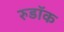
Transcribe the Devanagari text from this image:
रुडॉक